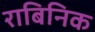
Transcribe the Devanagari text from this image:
राबिनिक